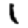
Digit: 1